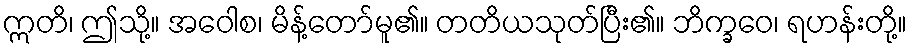
ဣတိ၊ ဤသို့။ အဝေါစ၊ မိန့်တော်မူ၏။ တတိယသုတ်ပြီး၏။ ဘိက္ခဝေ၊ ရဟန်းတို့။